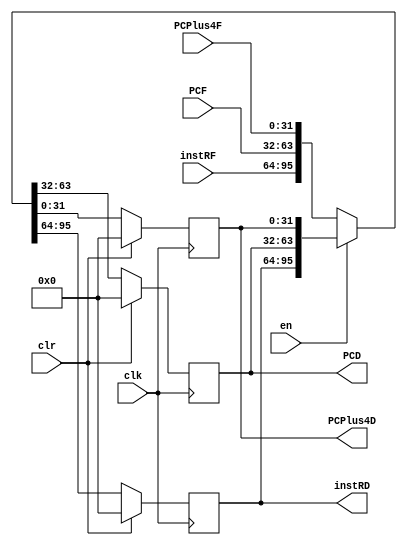
module FDReg(clk, en, clr, instRF, PCF, PCPlus4F, instRD, PCD, PCPlus4D);
	input clk, en, clr;
	input[31:0] instRF, PCF, PCPlus4F;
	output reg[31:0] instRD, PCD, PCPlus4D;
	always@(posedge clk)
	begin
		if(clr)
			{instRD, PCD, PCPlus4D} = 96'b0;
		else if(~en)//check here at end
			{instRD, PCD, PCPlus4D} = {instRF, PCF, PCPlus4F};
		else
			{instRD, PCD, PCPlus4D} = {instRD, PCD, PCPlus4D};
	end

endmodule